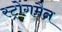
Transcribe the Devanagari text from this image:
स्ट्रोंगमैन